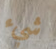
شيء